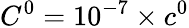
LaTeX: C^{0}=10^{-7}\times c^{0}